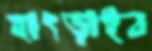
হাৎড়াইব